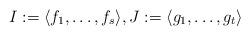
LaTeX: \begin{align*}I:=\langle f_1,\ldots,f_s \rangle, J:=\langle g_1,\ldots,g_t \rangle\end{align*}